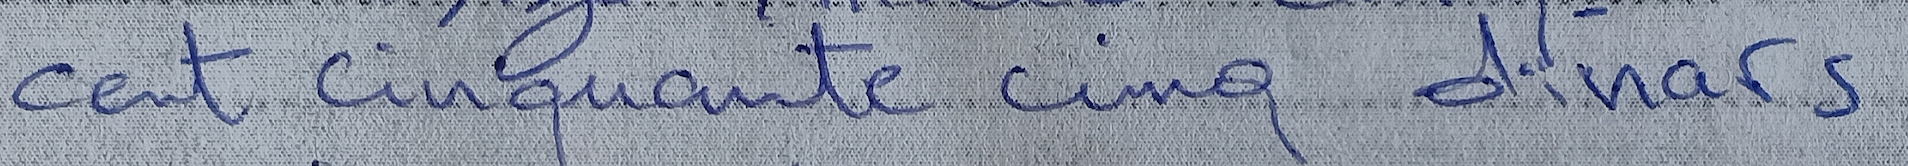
cent cinquante cinq dinars